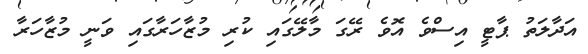
އަދާލަތު ޕާޓީ އިސްވެ އޮވެ ރޭގަ މާލޭގައި ކުރި މުޒާހަރާގައި ވަނީ މުޒާހަރާ